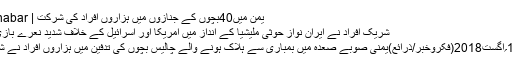
یمن میں40بچوں کے جنازوں میں ہزاروں افراد کی شرکت | FikroKhabar
شریک افراد نے ایران نواز حوثی ملیشیا کے انداز میں امریکا اور اسرائیل کے خلاف شدید نعرے بازی بھی کی
صنعاء:14؍اگست2018(فکروخبر/ذرائع)یمنی صوبے صعدہ میں بمباری سے ہلاک ہونے والے چالیس بچوں کی تدفین میں ہزاروں افراد نے شرکت کی۔